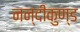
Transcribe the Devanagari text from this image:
नन्दीकुण्ड